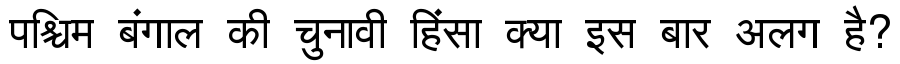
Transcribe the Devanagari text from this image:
पश्चिम बंगाल की चुनावी हिंसा क्या इस बार अलग है?